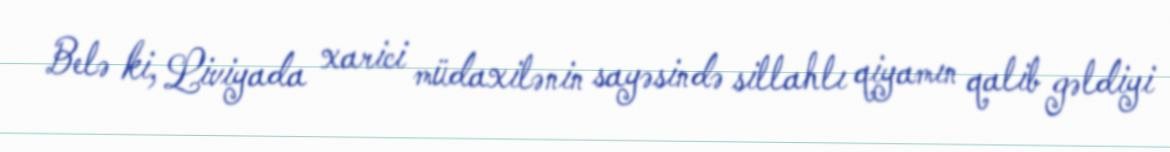
Belə ki, Liviyada xarici müdaxilənin sayəsində sillahlı qiyamın qalib gəldiyi